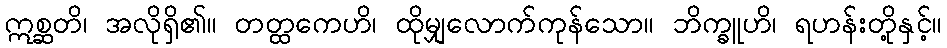
ဣစ္ဆတိ၊ အလိုရှိ၏။ တတ္ထကေဟိ၊ ထိုမျှလောက်ကုန်သော။ ဘိက္ခူဟိ၊ ရဟန်းတို့နှင့်။